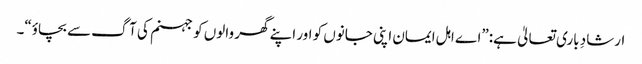
ارشادِ باری تعالیٰ ہے:”اے اہل ایمان اپنی جانوں کو اور اپنے گھر والوں کو جہنم کی آگ سے بچاؤ“۔